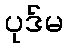
ပုဒ်မ